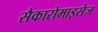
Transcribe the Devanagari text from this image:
सैकारोमाइसेज